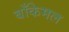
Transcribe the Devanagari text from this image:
बाँकेमल